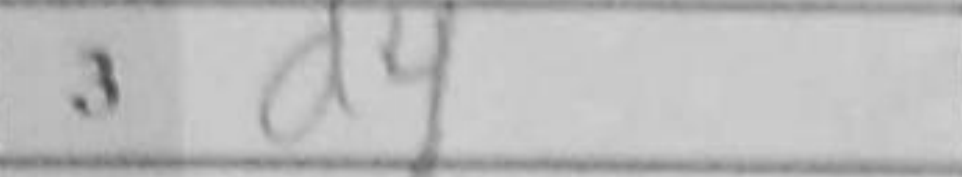
Transcription: d4